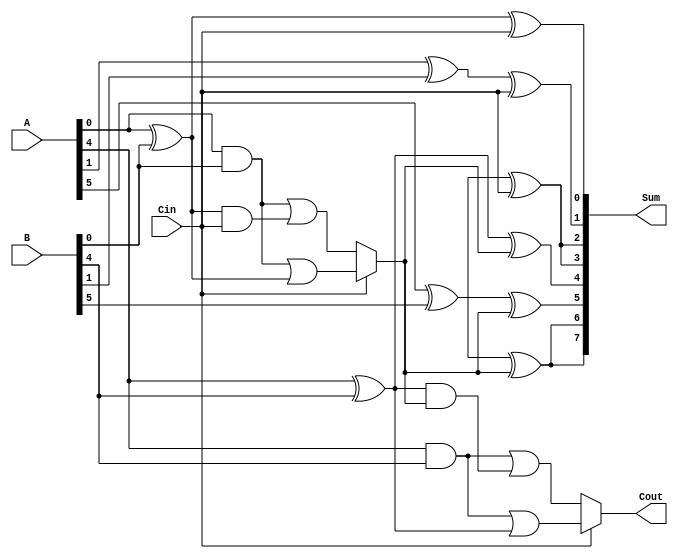
module conditional_carry_select_adder #(
    parameter N = 8, // Total number of bits
    parameter K = 4   // Width of each segment
)(
    input  [N-1:0] A,      // First n-bit input
    input  [N-1:0] B,      // Second n-bit input
    input  Cin,            // Carry-in
    output [N-1:0] Sum,    // Sum output
    output Cout            // Carry-out
);

    localparam M = N / K; // Number of segments

    // Generate and propagate signals
    wire [M-1:0] G [K-1:0]; // Generate signals for each segment
    wire [M-1:0] P [K-1:0]; // Propagate signals for each segment
    wire [M:0] C;           // Carry signals (C[0] = Cin)

    // Generate and propagate calculations for each segment
    genvar i, j;
    generate
        for (i = 0; i < M; i = i + 1) begin : segment
            for (j = 0; j < K; j = j + 1) begin : bit
                assign G[i][j] = A[i*K+j] & B[i*K+j]; // Generate
                assign P[i][j] = A[i*K+j] ^ B[i*K+j]; // Propagate
            end
        end
    endgenerate

    // Carry calculations
    generate
        assign C[0] = Cin; // Initial carry-in
        for (i = 0; i < M; i = i + 1) begin : carry_calc
            wire C0, C1; // Carry when Cin = 0 and Cin = 1
            assign C0 = G[i][0] | (P[i][0] & C[i]); // Carry for Cin = 0
            assign C1 = G[i][0] | (P[i][0] & 1'b1); // Carry for Cin = 1
            assign C[i+1] = (Cin ? C1 : C0); // Select carry based on Cin
        end
    endgenerate

    // Sum calculation
    generate
        for (i = 0; i < M; i = i + 1) begin : sum_calc
            for (j = 0; j < K; j = j + 1) begin : sum_bit
                assign Sum[i*K+j] = P[i][j] ^ C[i]; // Sum calculation
            end
        end
    endgenerate

    // Final carry-out
    assign Cout = C[M]; // Final carry-out from the last segment

endmodule